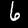
Label: 6